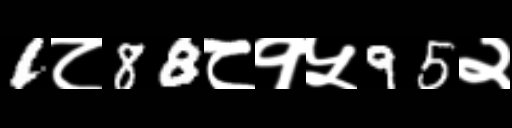
Text: 1८88८१५95२